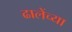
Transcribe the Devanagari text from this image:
ढालेंच्या